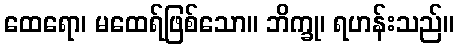
ထေရော၊ မထေရ်ဖြစ်သော။ ဘိက္ခု၊ ရဟန်းသည်။